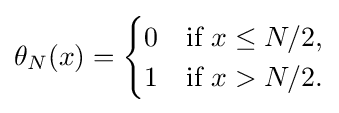
\theta _{N}(x)={\begin{cases}0&{\text{if }}x\leq N/2,\\1&{\text{if }}x>N/2.\end{cases}}